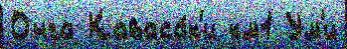
Онга Каваса́к'и км1 Ум'и